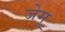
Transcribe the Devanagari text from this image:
जेमू